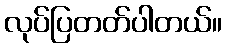
လုပ်ပြတတ်ပါတယ်။